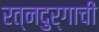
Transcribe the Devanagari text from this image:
रत्‍नदुर्गाची